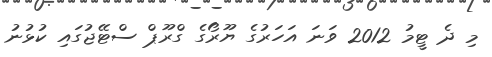
މި ދެ ޓީމު 2012 ވަނަ އަހަރުގެ ޔޫރޯގެ ގްރޫޕް ސްޓޭޖުގައި ކުޅުނު